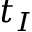
t _ { I }